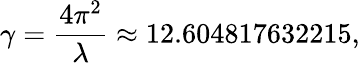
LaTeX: \gamma={\frac{4\pi^{2}}{\lambda}}\approx 12.604817632215,